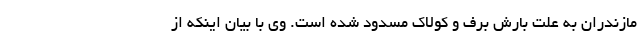
مازندران به علت بارش برف و کولاک مسدود شده است. وی با بیان اینکه از